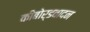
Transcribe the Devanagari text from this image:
कीबोर्डवादन